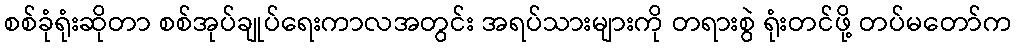
စစ်ခုံရုံးဆိုတာ စစ်အုပ်ချုပ်ရေးကာလအတွင်း အရပ်သားများကို တရားစွဲ ရုံးတင်ဖို့ တပ်မတော်က